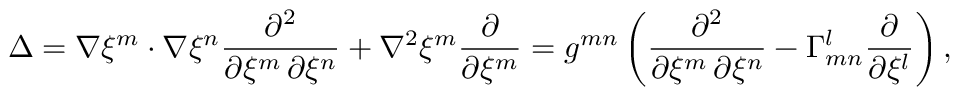
\Delta = \nabla \xi ^ { m } \cdot \nabla \xi ^ { n } { \frac { \partial ^ { 2 } } { \partial \xi ^ { m } \, \partial \xi ^ { n } } } + \nabla ^ { 2 } \xi ^ { m } { \frac { \partial } { \partial \xi ^ { m } } } = g ^ { m n } \left( { \frac { \partial ^ { 2 } } { \partial \xi ^ { m } \, \partial \xi ^ { n } } } - \Gamma _ { m n } ^ { l } { \frac { \partial } { \partial \xi ^ { l } } } \right) ,